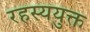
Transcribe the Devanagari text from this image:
रहस्‍ययुक्त